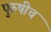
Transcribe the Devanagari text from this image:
पुरुषीच